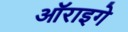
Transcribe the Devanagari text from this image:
ऑराइगे